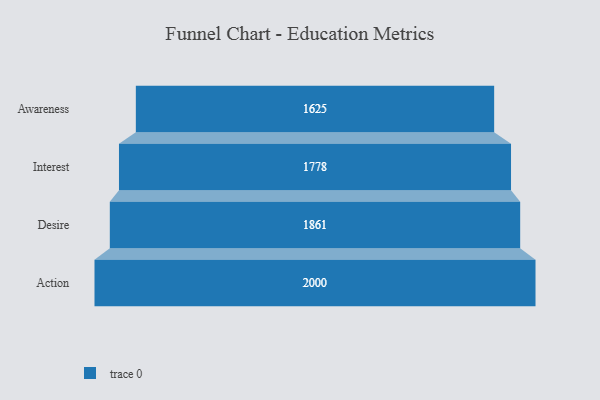
{"axis": {"x": "Stage", "y": "Value"}, "legend": [""], "data": [{"x": "Awareness", "y": 1625.0, "type": ""}, {"x": "Interest", "y": 1778.0, "type": ""}, {"x": "Desire", "y": 1861.0, "type": ""}, {"x": "Action", "y": 2000, "type": ""}]}